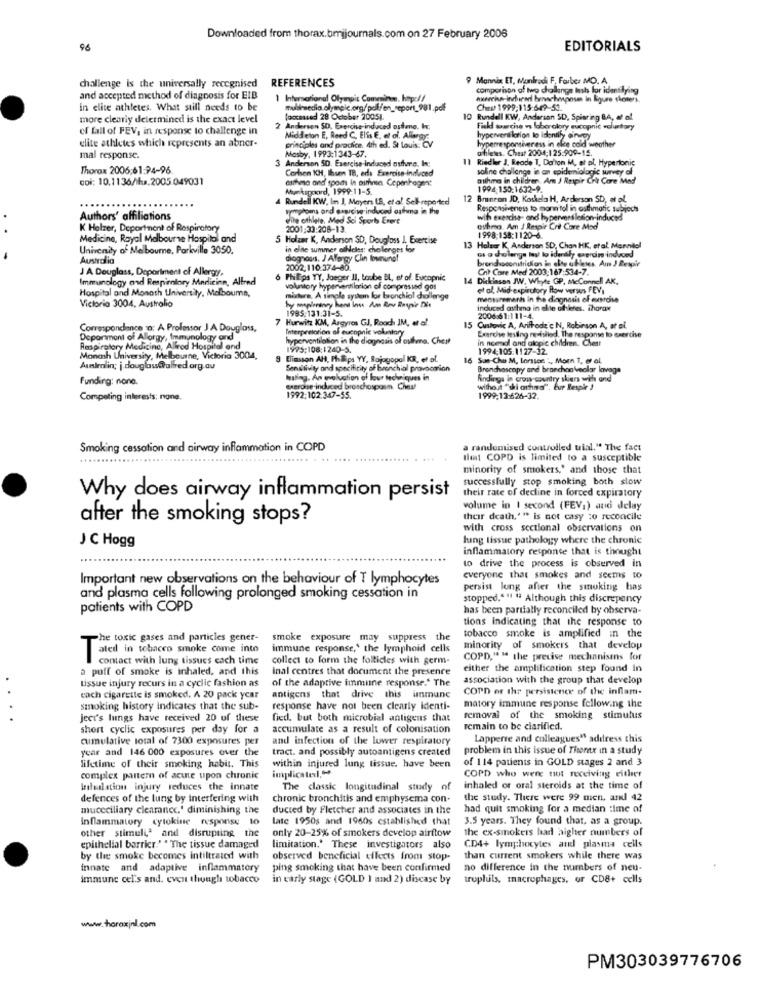
Downloaded from thorax. bmijournals.com on 27 February 2006
96
EDITORIALS
challenge is the universally recognised
REFERENCES
9 Mannix ET, Monleadi F, Farber MO. A
comparison of two challenge lash for identifying
and accepted method of diagnosis for EIB
1 International Olympic Commince. hope/ /
in elite athletes. What still needs to be
Chest 1999-115:649-53.
more clearly determined is the exact level
foccaused 28 October 2005).
10
Rundell KW, Anderson SD, Spiaring BA, af al
of fall of FEV, in response to challenge in
2 Andersen SD. Exercise-induced osteng. I.
Fickd sourcing vs laboralory eucopnic voluntary
elite athletes which represents an abner-
Middleton E, Reed C, Elis E, et al. Allergy:
principles and prodice. 4th ed. St Louis: CV
hyperveritlotion lo idenill onepy
hyperresponsiveness in elce cold weather
Mosby, 1993:1343-67.
offiletes. Chast 2004;125:909-15.
mal response.
3 Anderson SD. Exercise-induced osturs. In;
Riedler J. Reade T, Da'ion M, et pl. Hypertonic
Thorax 2006:61:94-96
Carlsen KH, Ibsen TB, eds Exercise-induced
soline challenge in an epidemiologic survey of
coi: 10.1136/hu.2005 049031
asthma and sports in pirmin Ceperthagent
milhma in children. Am J Respir Crit Core Med
Munkspoord, 1999.11-5.
1994-150:1632-9.
Rundell KW, In J, Mayers 18, et al Sell-reported
12 Brancon JD, Koskela H, Arderson SD, et al.
wontons ond erarciwe induced asthma in the
Responsiveness to mannitol in asthmatic subjects
Authors' affiliations
elle athlete. Med Sci Sports Exert
with exercise- and hyperventilation-induced
K Holzer, Department of Respiratory
2001:33:208-13
euhma. Am J Respir Crit Care Med
Medicine, Royal Melbourne Hospital and
5 Holzer K, Anderson SD, Dougloss J. Exercise
1998:158:1120-6.
University of Melbourne, Parkville 3050,
in elite summer ailleles; challenges for
13 Halser K Anderson SD, Chan HK, etal. Marnie!
os o cholange las lo idenily exercin induced
-
Australia
dioghours. J Affercy Clin Ibununo!
brendaconstriction in alte ufletes. Am J Respir
J A Douglass, Department of Allergy,
2002.110:374-80.
Cnt Core Med 2003:167:534-7.
Immunology and Respiratory Medicine, Alfred
6 Philips YY, Jaeger Il, toube BL, et of. Eucopnic
14 Dickinson JW. Whyte GP, McConnell AK,
Hospital and Monath University, Malboume,
voluntary hyperventilation of compresisd gos
et al. Mid-expiratory How versus FEV
mixture. A simple system for bronchial challenge
hy maplenevy hent Inus Am Rov Rays'e Die
measuremanh in the diagnosis of exercise
Victoria 3004, Austrolio
1985:131:31-5.
induced asthma in elite athletes, Thorax
7 Hurwitz KM, Asgyros GJ, Rooch IM, at of.
2006:61:111-4.
Correspondance :o: A Professor J A Douglass,
Interpretation of cucapnic voluntary
15 Custovic A, Ariffrode c N, Robinson A, et al.
Department of Allorgy, Immunology and
hyperventilation in the diagnosis of oulma. Cheit
Exercise testing revisited, The response to exercise
in noenal and alopic children. Chest
Respiratory Medicine, Allred Hospital and
1995:108:1240-5.
1994:105:1127-12.
Monash University, Melbourne, Victoria 3004,
9 Eliasson AH, Phips YY, Rajagopal KR, er of.
16 Sue-Cho M, Lorssen. ., Morn T, et al.
Aumlmalin; j douglass@alfred org.au
Sensitivity and specificity of bronchial provocarion
Bronchoscopy and branchon Veolar lavage
Funding: none
habeg. An evaluation of lour techniques in
findings in cross country skiers with and
therose induced broschosposn. Chest
without "shi orhno". Eur Resple !
Competing interests: none.
1992;102:347-55.
1999.13-626-32.
Smoking cessation and airway inflammation in COPD
a randomised controlled trial." The fact
Ilet COPD is limited to a susceptible
minority of smokers,' and those that
successfully stop smoking both slow
their rate of decline in forced expiratory
Why does airway inflammation persist
volume in I second (FEV,) and delay
after the smoking stops?
their death,"" is not easy :o reconcile
with cross sectional observations on
J C Hogg
lung tissue pathology where the chronic
inflammatory response that is thought
to drive the process is observed in
Important new observations on the behaviour of T lymphocytes
everyone that smokes and seems to
persist long after the smoking has
and plasma cells following prolonged smoking cessation in
stopped.""1 "ª Although this discrepancy
patients with COPD
has been partially reconciled by observa-
tions indicating that the response to
The toxic gases and particles gener-
smoke exposure may suppress th
tobacco smoke is amplified in the
ated in tobacco smoke come into
immune response,' the lymphoid cells
minority of smokers that develop
contact with lung tissues cach time
collect to form the follicles with germ-
COPD,"" the precise mechanisms for
puff of smoke is inhaled, and this
inal centres that document the presence
either the amplification step found in
tissue injury recurs in a cyclic fashion as
of the adaptive immune response." The
association with the group that develop
COPD or the persistener of the inflam-
each cigarette is smoked. A 20 pack ycar
antigens that drive this immune
matory immune response following the
smoking history indicates that the sub-
response have not been clearly identi-
ject's lungs have received 20 of these
fied, but both microbial antigens that
removal of the smoking stimulus
short cyclic exposures per day for a
accumulate as a result of colonisation
remain to be clarified.
cumulative total of 7300 exposures per
and infection of the lower respiratory
Lapperre and colleagues" address this
year and 146 000 exposures over the
tract. and possibly autoantigens created
problem in this issue of Theme in a study
of 114 patients in GOLD stages 2 and 3
lifetime of their smoking habit. This
implicated,
within injured lung tissue. have been
complex pattern of acute upon chronic
COPD who were tut receiving either
Brilulation injury reduces the innate
The classic longitudinal study of
inhaled or oral steroids at the time of
defences of the lung by interfering with
chronic bronchitis and emphysema con-
the study. There were 99 mien, and 42
muceciliary clearance.' diminishing the
ducted by Fletcher and associates in the
had quit smoking for a median :ime of
inflammatory cytokine response to
late 1950s and 1960s established that
3.5 years. They found that, as a group.
other stimuli' and disrupting the
the ex-smokers had higher numbers of
only 20-25% of smokers develop airflow
epithelial borricr." " The tissue damaged
limitation." These investigators also
CD4+ lymphocytes and plasma cells
by the smoke becomes intiltrated with
observed beneficial effects from stop-
than current smokers while there was
innate and adaptive inflammatory
ping smoking that have been confirmed
no difference in the numbers of neu-
immune cel's and. even though tobacco
in early stage (GOLD 1 and 2) discase by
trupluls, macrophages, or CD8+ cells
www.horaxjnl.com
PM303039776706